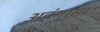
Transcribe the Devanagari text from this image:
अहंगामा